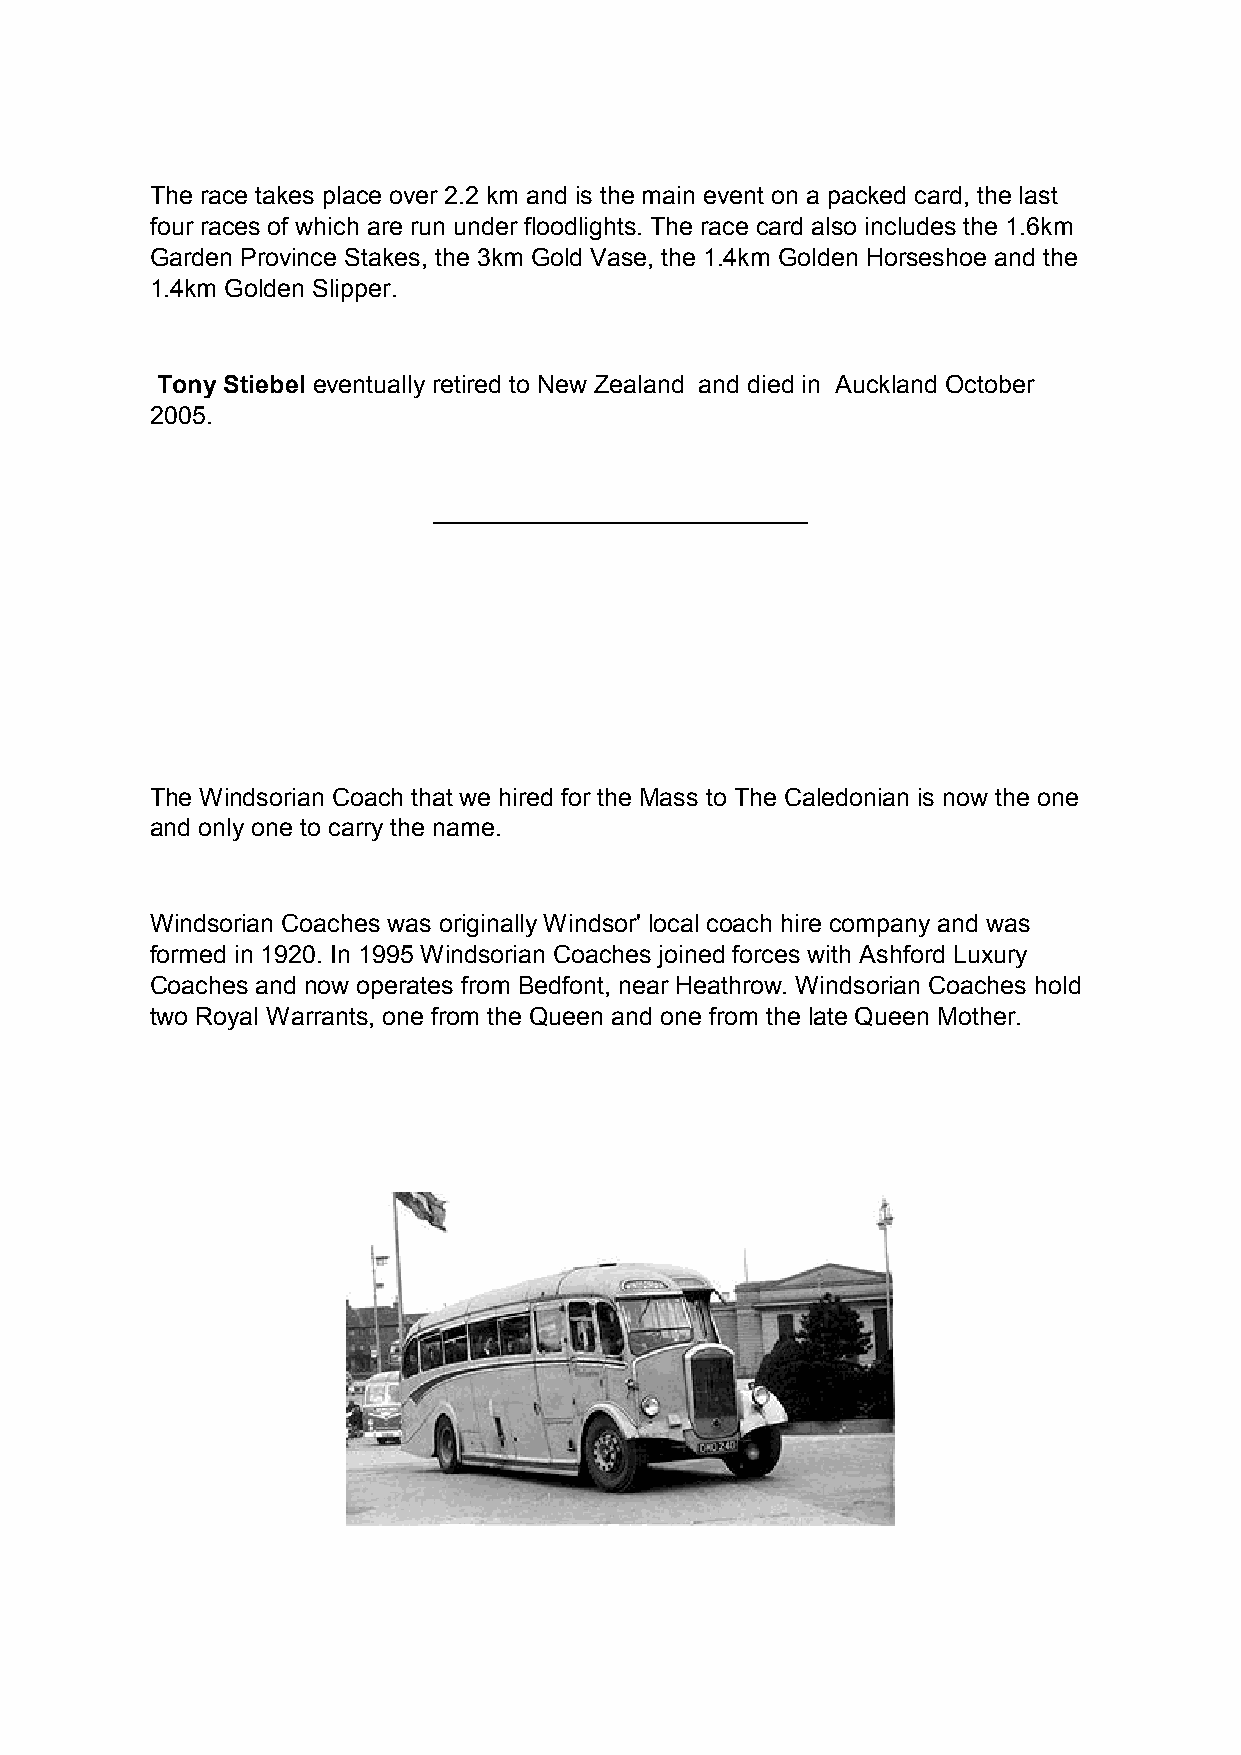
The race takes place over 2.2 km and is the main event on a packed card, the last
 four races of which are run under floodlights. The race card also includes the 1.6km
 Garden Province Stakes, the 3km Gold Vase, the 1.4km Golden Horseshoe and the
 1.4km Golden Slipper.
 Tony Stiebel eventually retired to New Zealand and died in Auckland October
 2005.
 ___________________________
 The Windsorian Coach that we hired for the Mass to The Caledonian is now the one
 and only one to carry the name.
 Windsorian Coaches was originally Windsor' local coach hire company and was
 formed in 1920. In 1995 Windsorian Coaches joined forces with Ashford Luxury
 Coaches and now operates from Bedfont, near Heathrow. Windsorian Coaches hold
 two Royal Warrants, one from the Queen and one from the late Queen Mother.